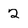
Character: 2